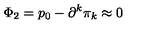
\Phi _ { 2 } = p _ { 0 } - \partial ^ { k } \pi _ { k } \approx 0